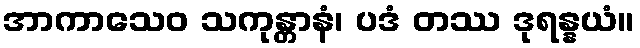
အာကာသေဝ သကုန္တာနံ၊ ပဒံ တဿ ဒုရန္နယံ။